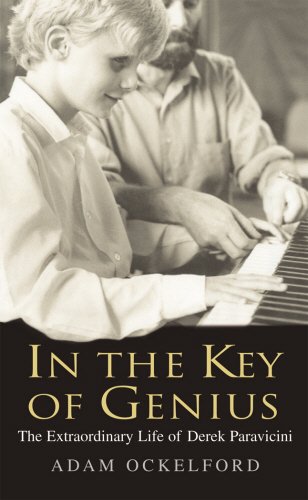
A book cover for In the Key of Genius: The Extraordinary Life of Derek Paravicini; Adam Ockelford; Health, Fitness & Dieting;